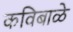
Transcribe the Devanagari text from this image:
कविबाळे